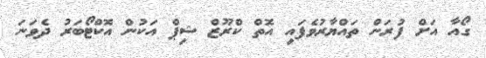
ގޯއާ އަށް ފުރަން ތައްޔާރުވެފައި އޮތް ކްރޫޒް ޝިޕް އަކުން އޮކްޓޯބަރު ދެވަނަ